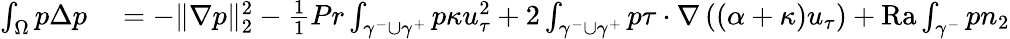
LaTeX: \begin{array}{rl}{\int_{\Omega}p\Delta p}&{{}=-\| \nabla p\| _{2}^{2}-\frac{1}{1}{{Pr}}\int_{\gamma^{-}\cup\gamma^{+}}p\kappa u_{\tau}^{2}+2\int_{\gamma^{-}\cup\gamma^{+}}p\tau\cdot\nabla\left((\alpha+\kappa)u_{\tau}\right)+\mathrm{{Ra}}\int_{\gamma^{-}}pn_{2}}\end{array}